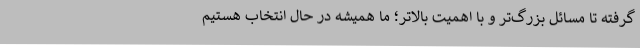
گرفته تا مسائل بزرگ‌تر و با اهمیت بالاتر؛ ما همیشه در حال انتخاب هستیم